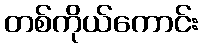
တစ်ကိုယ်ကောင်း